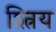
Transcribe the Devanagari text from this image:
श्त्रिय